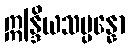
ဣန္ဒြိယသမ္ပန္နော